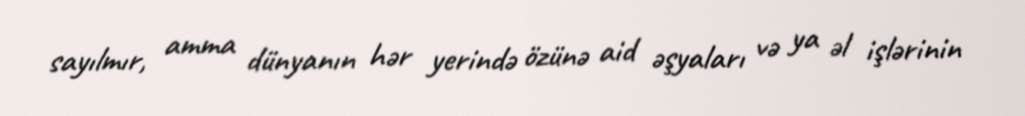
sayılmır, amma dünyanın hər yerində özünə aid əşyaları və ya əl işlərinin